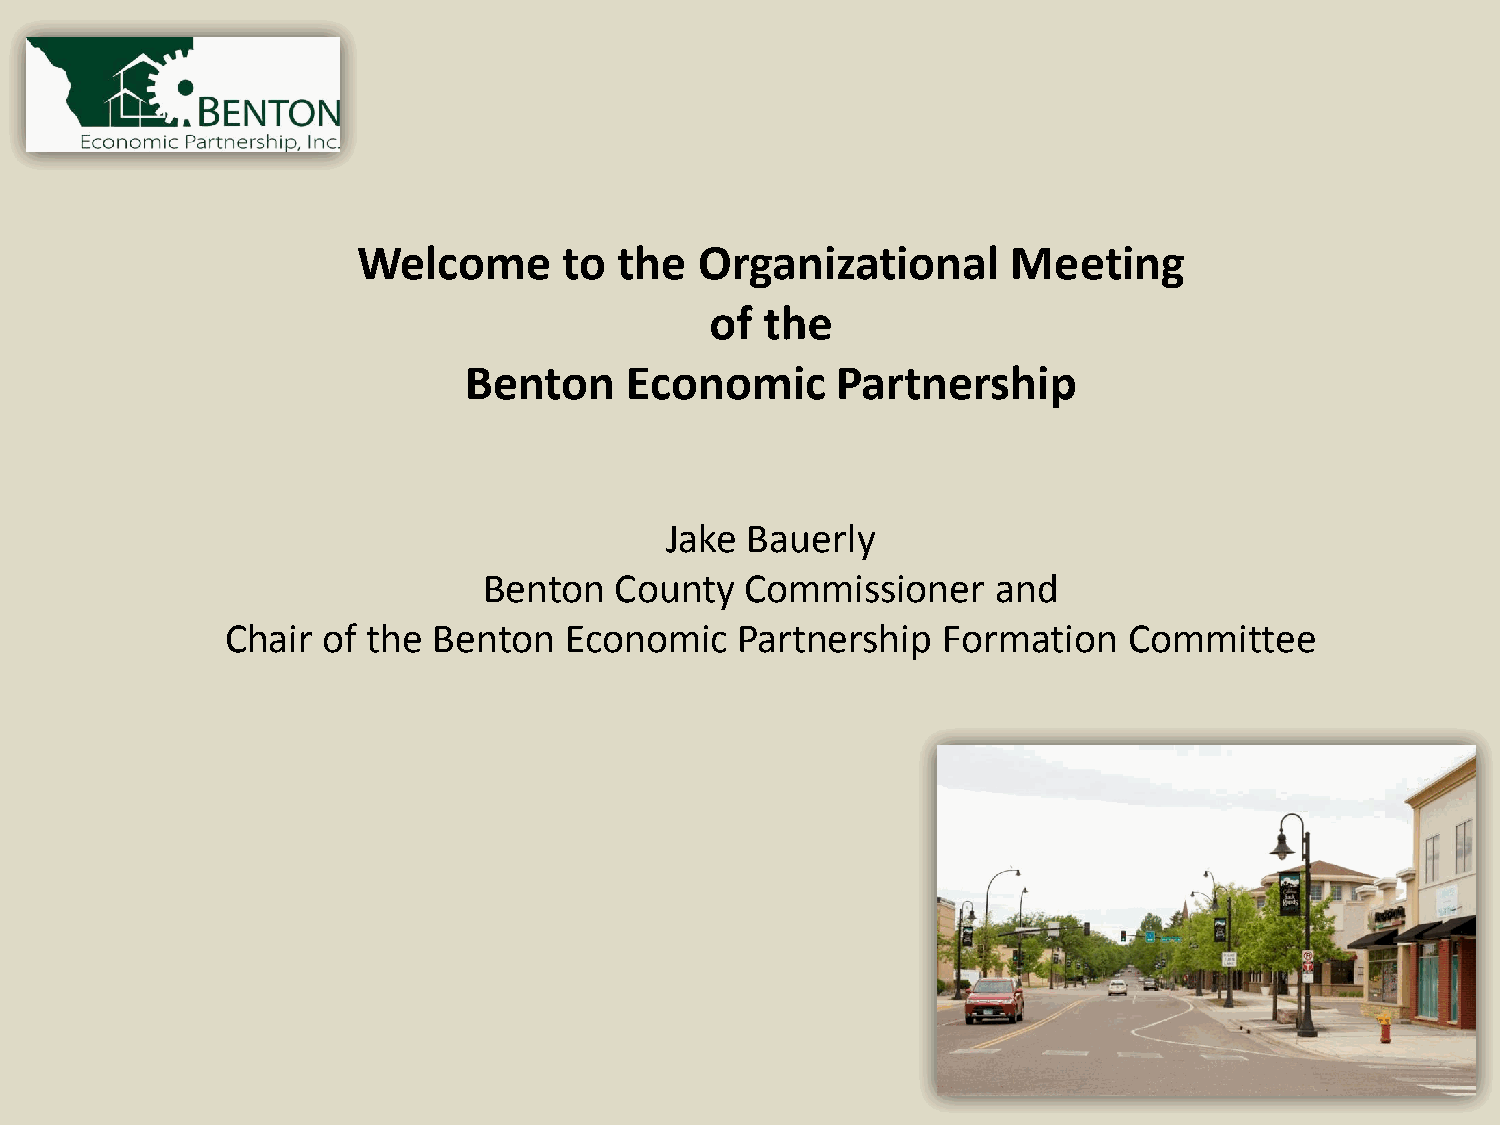
Welcome      to  the  Organizational       Meeting
 of  the
 Benton    Economic      Partnership
 Jake Bauerly
 Benton   County  Commissioner     and
 Chair of the  Benton  Economic    Partnership  Formation    Committee